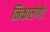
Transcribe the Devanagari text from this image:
निकालेगी।